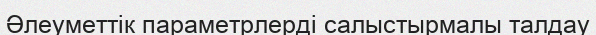
Әлеуметтік параметрлерді салыстырмалы талдау